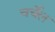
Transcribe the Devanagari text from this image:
चर्चेल